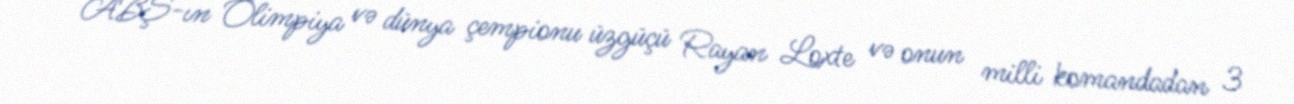
ABŞ-ın Olimpiya və dünya çempionu üzgüçü Rayan Loxte və onun milli komandadan 3